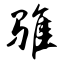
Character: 骓